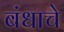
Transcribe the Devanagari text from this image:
बंधाचे